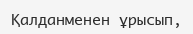
Қалданменен ұрысып,